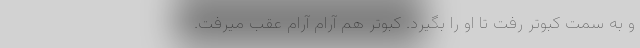
و به سمت کبوتر رفت تا او را بگیرد. کبوتر هم آرام آرام عقب میرفت.